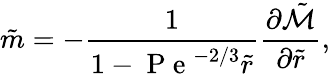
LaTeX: \tilde{m}=-\frac{1}{1-\mathrm{~P~e~}^{-2/3}\tilde{r}}\frac{\partial\tilde{\mathcal{M}}}{\partial\tilde{r}},